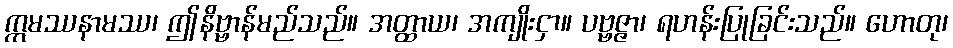
ဣမဿနာမဿ၊ ဤနိဗ္ဗာန်မည်သည်။ အတ္ထာယ၊ အကျိုးငှာ။ ပဗ္ဗဇ္ဇာ၊ ရဟန်းပြုခြင်းသည်။ ဟောတု၊